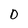
Character: D